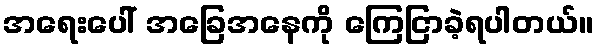
အရေးပေါ် အခြေအနေကို ကြေငြာခဲ့ရပါတယ်။